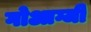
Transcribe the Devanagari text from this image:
गोआग्जी